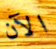
الآن